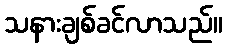
သနားချစ်ခင်လာသည်။